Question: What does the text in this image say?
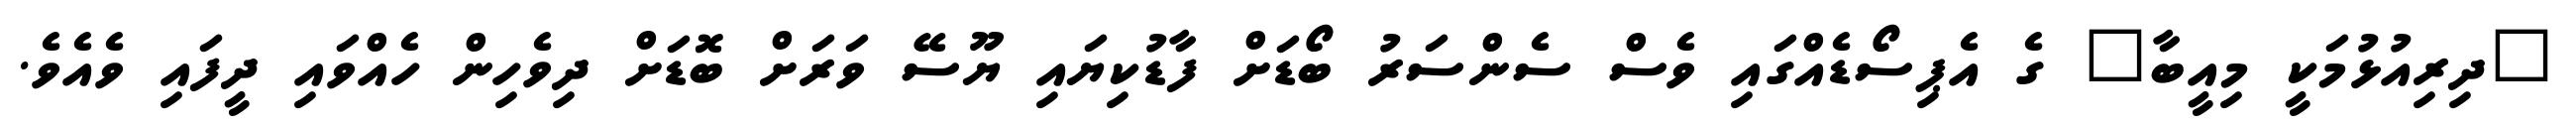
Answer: "ދިރިއުޅުމަކީ މިއީބާ" ގެ އެޕިސޯޑެއްގައި ވެސް ސެންސަރު ބޯޑަށް ފާޑުކިޔައި ޔޫސޭ ވަރަށް ބޮޑަށް ދިވެހިން ހެއްވައި ދީފައި ވެއެވެ.